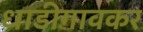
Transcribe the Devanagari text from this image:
धाडीगावकर